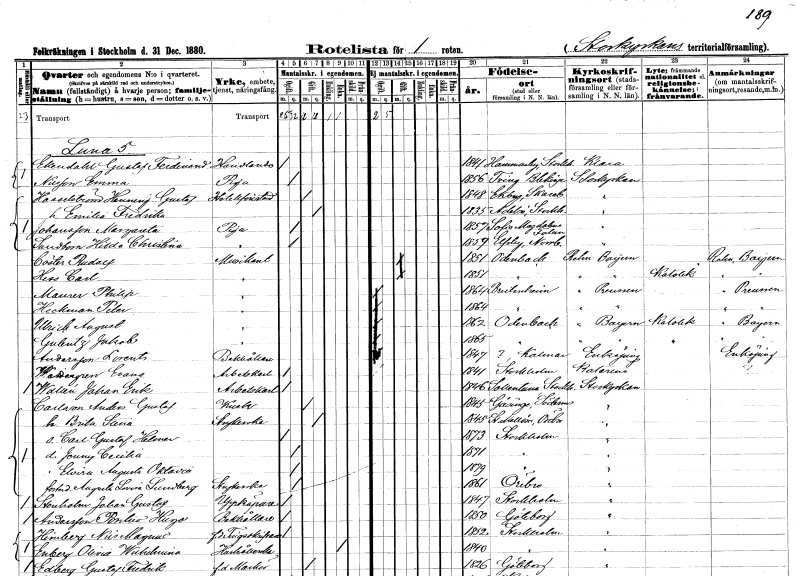
gt_parse: households: individuals: FN: Gustaf Ferdinand
EN: Ekendahl
YRKE: Handlande
KON: M
CIV: O
FODAR: 1841
FODFORS: Hammarby Stockholms län
FN: Emma
EN: Nilsson
YRKE: Piga
KON: K
CIV: O
FODAR: 1856
FODFORS: Tving Blekinge län
FN: Henning Gustaf
EN: Hasselström
YRKE: Hotellföreståndare
KON: M
CIV: G
FODAR: 1848
FODFORS: Ekby Skaraborgs län
FN: Emilia Fredrika
KON: K
CIV: G
FODAR: 1835
FODFORS: Adelsö Stockholms län
FN: Margareta
EN: Johansson
YRKE: Piga
KON: K
CIV: O
FODAR: 1857
FODFORS: Sofia Magdalena Kopparbergs län
FN: Hilda Christina
EN: Sundborn
YRKE: Piga
KON: K
CIV: O
FODAR: 1859
FODFORS: Älvsby Norrbottens län
FN: Rudolf
EN: Cöster
YRKE: Musikant
KON: M
CIV: G
FODAR: 1851
FN: Carl
EN: Hess
YRKE: Musikant
KON: M
CIV: G
FODAR: 1851
FN: Philip
EN: Maurer
YRKE: Musikant
KON: M
CIV: O
FODAR: 1864
FN: Peter
EN: Heckman
YRKE: Musikant
KON: M
CIV: O
FODAR: 1864
FN: August
EN: Ulrich
YRKE: Musikant
KON: M
CIV: O
FODAR: 1862
FN: Jakob
EN: Gulentz
YRKE: Musikant
KON: M
CIV: O
FODAR: 1865
FN: Lorents
EN: Andersson
YRKE: Bokhållare
KON: M
CIV: O
FODAR: 1847
FN: Evans
EN: Wettergren
YRKE: Arbetskarl
KON: M
CIV: O
FODAR: 1841
FODFORS: Stockholm
FN: Johan Erik
EN: Wallén
YRKE: Arbetskarl
KON: M
CIV: O
FODAR: 1846
FODFORS: Sollentuna Stockholms län
FN: Anders Gustaf
EN: Carlsson
YRKE: Kusk
KON: M
CIV: G
FODAR: 1845
FODFORS: Gåsinge Södermanlands län
FN: Brita Stina
YRKE: Strykerska
KON: K
CIV: G
FODAR: 1845
FODFORS: Stora Mellösa Örebro län
FN: Carl Gustaf Helmar
KON: M
CIV: O
FODAR: 1873
FODFORS: Stockholm
FN: Jenny Cecilia
KON: K
CIV: O
FODAR: 1871
FODFORS: Stockholm
FN: Elvira Augusta Oktavia
KON: K
CIV: O
FODAR: 1879
FODFORS: Stockholm
FN: Augusta Lovisa
EN: Lundberg
YRKE: Strykerska
KON: K
CIV: O
FODAR: 1861
FODFORS: Örebro Örebro län
FN: Johan Gustaf
EN: Stenholm
YRKE: Uppköpare
KON: M
CIV: O
FODAR: 1847
FODFORS: Stockholm
FN: Pontus Hugo
EN: Andersson
YRKE: Bokhållare
KON: M
CIV: O
FODAR: 1850
FODFORS: Göteborg Göteborgs- och Bohuslän